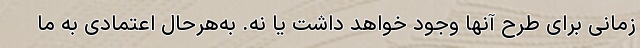
زمانی برای طرح آنها وجود خواهد داشت یا نه. به‌هرحال اعتمادی به ما